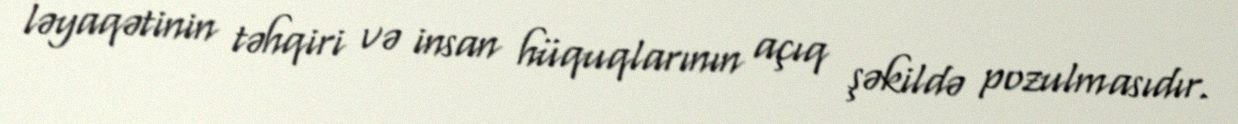
ləyaqətinin təhqiri və insan hüquqlarının açıq şəkildə pozulmasıdır.